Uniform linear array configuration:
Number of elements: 24
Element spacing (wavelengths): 1
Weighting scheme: hann
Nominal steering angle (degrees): -60
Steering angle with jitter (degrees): -61.736
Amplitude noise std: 0.05
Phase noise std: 0.05

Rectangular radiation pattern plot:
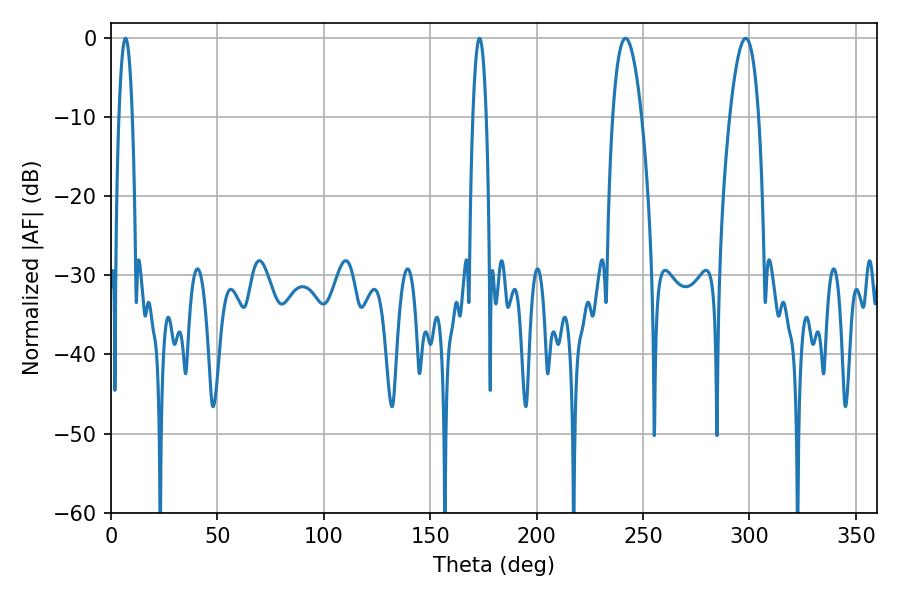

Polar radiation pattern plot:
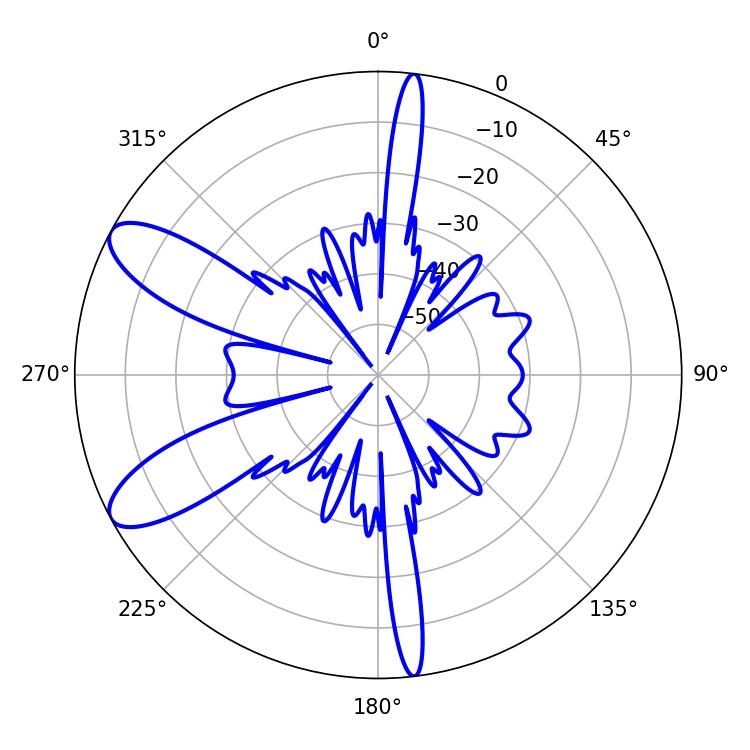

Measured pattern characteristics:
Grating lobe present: TRUE
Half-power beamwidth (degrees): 3.6
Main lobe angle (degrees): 173.16